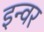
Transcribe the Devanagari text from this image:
इन्वर